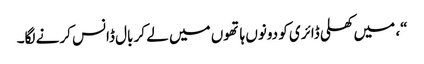
“، میں کھلی ڈائری کو دونوں ہاتھوں میں لے کر بال ڈانس کرنے لگا۔